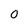
Character: 0